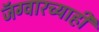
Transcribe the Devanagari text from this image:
जॅग्वारच्याही